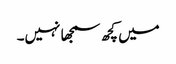
میں کچھ سمجھا نہیں۔